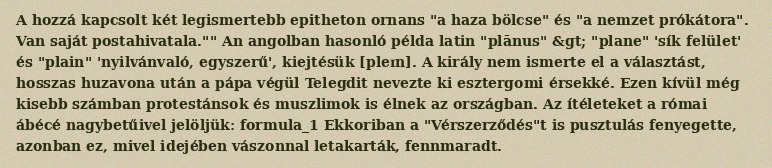
A hozzá kapcsolt két legismertebb epitheton ornans "a haza bölcse" és "a nemzet prókátora". Van saját postahivatala."" An angolban hasonló példa latin "plānus" &gt; "plane" 'sík felület' és "plain" 'nyilvánvaló, egyszerű', kiejtésük [pleɪn]. A király nem ismerte el a választást, hosszas huzavona után a pápa végül Telegdit nevezte ki esztergomi érsekké. Ezen kívül még kisebb számban protestánsok és muszlimok is élnek az országban. Az ítéleteket a római ábécé nagybetűivel jelöljük: formula_1 Ekkoriban a "Vérszerződés"t is pusztulás fenyegette, azonban ez, mivel idejében vászonnal letakarták, fennmaradt.